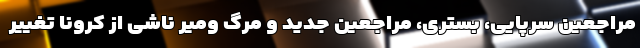
مراجعین سرپایی، بستری، مراجعین جدید و مرگ ومیر ناشی از کرونا تغییر